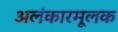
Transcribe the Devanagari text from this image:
अलंकारमूलक